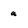
Character: a